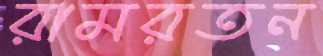
রামরতন